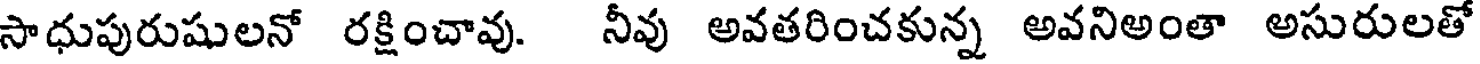
సాధుపురుషులనో రక్షించావు. నీవు అవతరించకున్న అవనిఅంతా అసురులతో